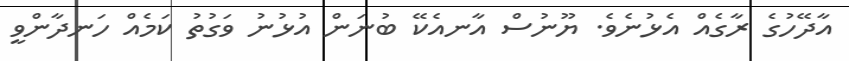
އާދޭހުގެ ރާގެއް އެޅުނެވެ. ޔޫނުސް އާނއެކޭ ބުނަން އުޅުނު ވަގުތު ކަމެއް ހަނދާންވީ